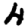
Digit: 4